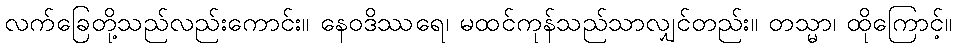
လက်ခြေတို့သည်လည်းကောင်း။ နေဝဒိဿရေ၊ မထင်ကုန်သည်သာလျှင်တည်း။ တသ္မာ၊ ထိုကြောင့်။